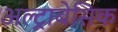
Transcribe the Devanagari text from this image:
अल्ट्राबेसिक